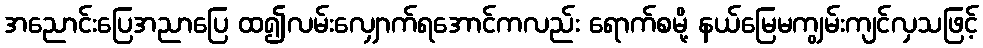
အညောင်းပြေအညာပြေ ထ၍လမ်းလျှောက်ရအောင်ကလည်း ရောက်စမို့ နယ်မြေမကျွမ်းကျင်လှသဖြင့်